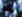
قواها